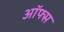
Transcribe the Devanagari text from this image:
ऑफ्स